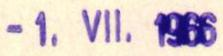
-1.VII.1966